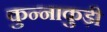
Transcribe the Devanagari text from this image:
कुन्नाकुड़ी